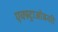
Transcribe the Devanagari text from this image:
एक्स्ट्राओडनरी